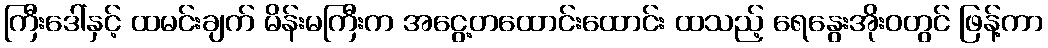
ကြီးဒေါ်နှင့် ထမင်းချက် မိန်းမကြီးက အငွေ့တထောင်းထောင်း ထသည့် ရေနွေးအိုးဝတွင် ဖြန့်ကာ